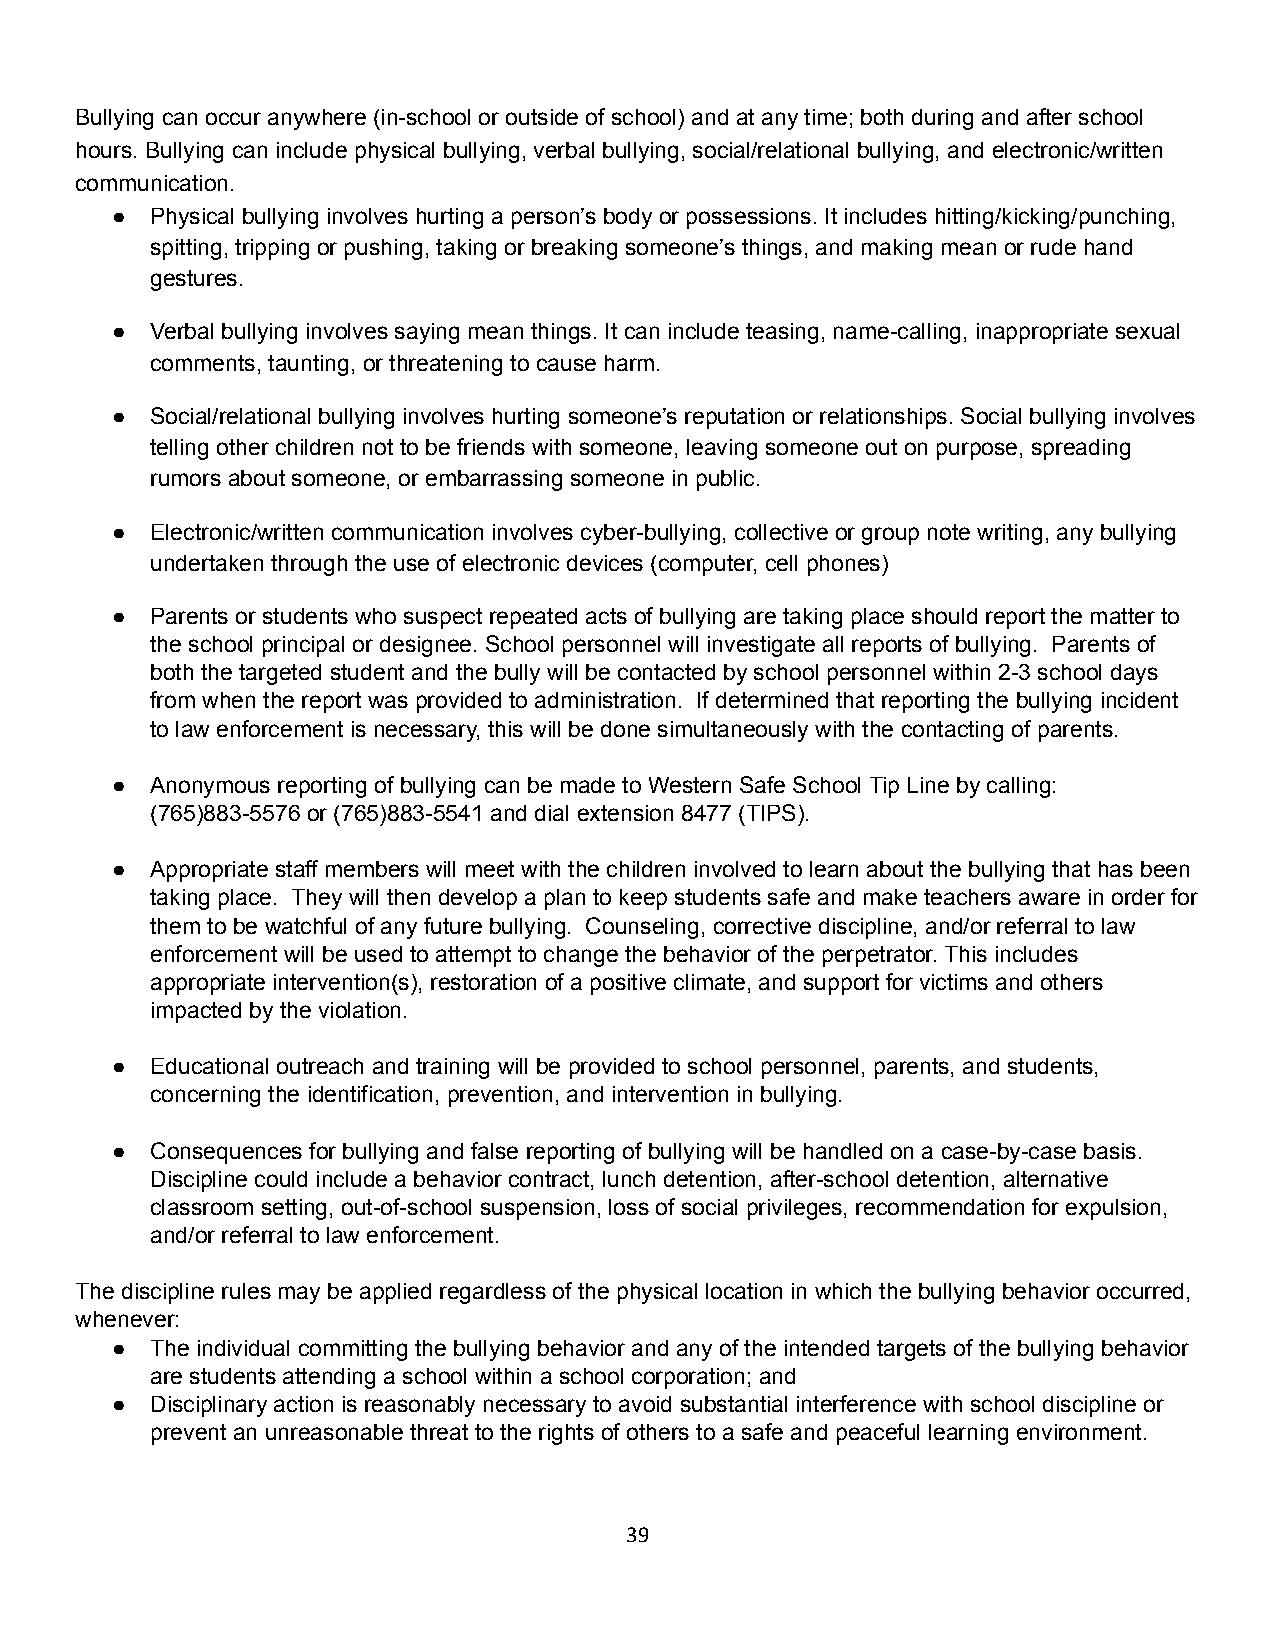
Bullying can occur anywhere (in-school or outside of school) and at any time; both during and after school
 hours. Bullying can include physical bullying, verbal bullying, social/relational bullying, and electronic/written
 communication.
 ●  Physical bullying involves hurting a person’s body or possessions. It includes hitting/kicking/punching,
 spitting, tripping or pushing, taking or breaking someone’s things, and making mean or rude hand
 gestures.
 ●  Verbal bullying involves saying mean things. It can include teasing, name-calling, inappropriate sexual
 comments, taunting, or threatening to cause harm.
 ●  Social/relational bullying involves hurting someone’s reputation or relationships. Social bullying involves
 telling other children not to be friends with someone, leaving someone out on purpose, spreading
 rumors about someone, or embarrassing someone in public.
 ●  Electronic/written communication involves cyber-bullying, collective or group note writing, any bullying
 undertaken through the use of electronic devices (computer, cell phones)
 ●  Parents or students who suspect repeated acts of bullying are taking place should report the matter to
 the school principal or designee. School personnel will investigate all reports of bullying. Parents of
 both the targeted student and the bully will be contacted by school personnel within 2-3 school days
 from when the report was provided to administration. If determined that reporting the bullying incident
 to law enforcement is necessary, this will be done simultaneously with the contacting of parents.
 ●  Anonymous reporting of bullying can be made to Western Safe School Tip Line by calling:
 (765)883-5576 or (765)883-5541 and dial extension 8477 (TIPS).
 ●  Appropriate staff members will meet with the children involved to learn about the bullying that has been
 taking place. They will then develop a plan to keep students safe and make teachers aware in order for
 them to be watchful of any future bullying. Counseling, corrective discipline, and/or referral to law
 enforcement will be used to attempt to change the behavior of the perpetrator. This includes
 appropriate intervention(s), restoration of a positive climate, and support for victims and others
 impacted by the violation.
 ●  Educational outreach and training will be provided to school personnel, parents, and students,
 concerning the identification, prevention, and intervention in bullying.
 ●  Consequences for bullying and false reporting of bullying will be handled on a case-by-case basis.
 Discipline could include a behavior contract, lunch detention, after-school detention, alternative
 classroom setting, out-of-school suspension, loss of social privileges, recommendation for expulsion,
 and/or referral to law enforcement.
 The discipline rules may be applied regardless of the physical location in which the bullying behavior occurred,
 whenever:
 ●  The individual committing the bullying behavior and any of the intended targets of the bullying behavior
 are students attending a school within a school corporation; and
 ●  Disciplinary action is reasonably necessary to avoid substantial interference with school discipline or
 prevent an unreasonable threat to the rights of others to a safe and peaceful learning environment.
 39